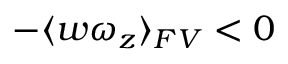
- \langle w \omega _ { z } \rangle _ { F V } < 0